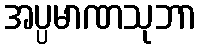
အပ္ပမာဏသုဘာ